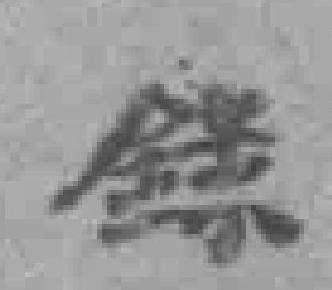
錄